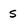
Character: s